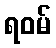
ရဝမ်